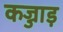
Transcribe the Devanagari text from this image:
कज्जाड़